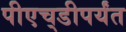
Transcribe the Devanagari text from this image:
पीएच्‌डीपर्यंत